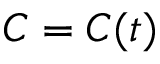
C = C ( t )